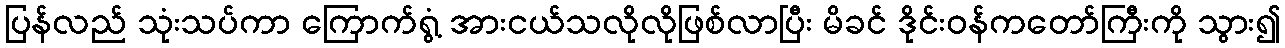
ပြန်လည် သုံးသပ်ကာ ကြောက်ရွံ့ အားငယ်သလိုလိုဖြစ်လာပြီး မိခင် ဒိုင်းဝန်ကတော်ကြီးကို သွား၍